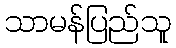
သာမန်ပြည်သူ